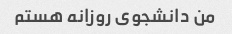
من دانشجوی روزانه هستم